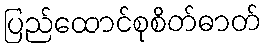
ပြည်ထောင်စုစိတ်ဓာတ်